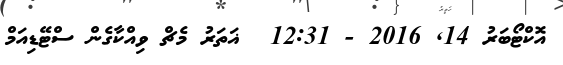
އޮކްޓޯބަރު 14